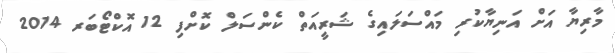
މާރިޔާ އަށް އަނިޔާކުރި މައްސަލައިގެ ޝަރީއަތް ކެންސަލް ކޮށްފި 12 އޮކްޓޯބަރ 2014